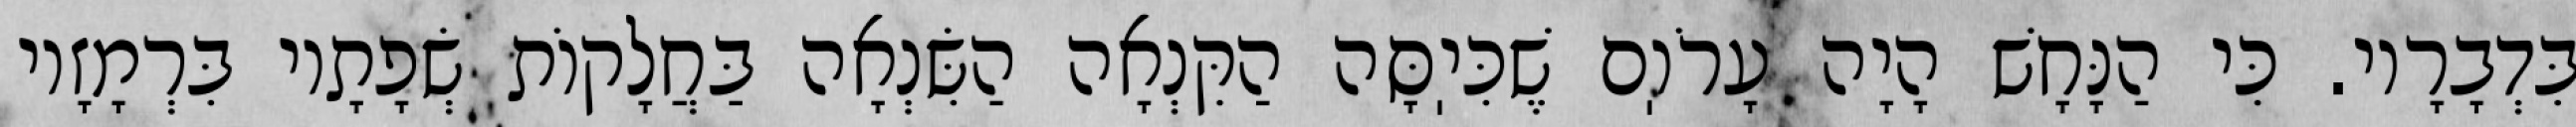
בִּדְבָרָיו. כִּי הַנָּחָשׁ הָיָה עָרֹוֽם שֶׁכִּיֽסָּה הַקִּנְאָה הַשִּׂנְאָה בַּחֲלָקוֹת שְׂפָתָיו בִּרְמָזָיו